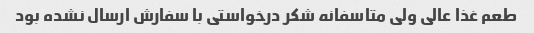
طعم غذا عالی ولی متاسفانه شکر درخواستی با سفارش ارسال نشده بود